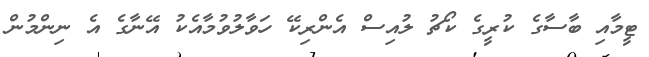
ޓީމާއި ބާސާގެ ކުރީގެ ކޯޗު ލުއިސް އެންރިކޭ ހަވާލުވުމާއެކު އޭނާގެ އެ ނިންމުން